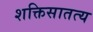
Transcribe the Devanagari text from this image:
शक्तिसातत्य